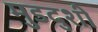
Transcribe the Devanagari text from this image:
मुडदुशी